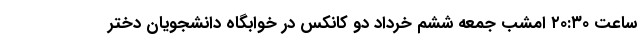
ساعت ۲۰:۳٠ امشب جمعه ششم خرداد دو کانکس در خوابگاه دانشجویان دختر